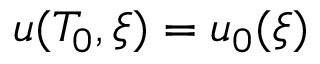
u ( T _ { 0 } , \xi ) = u _ { 0 } ( \xi )